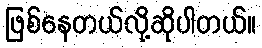
ဖြစ်နေတယ်လို့ဆိုပါတယ်။